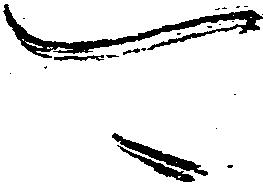
可